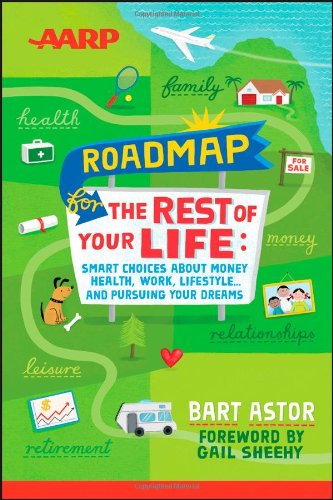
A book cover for AARP Roadmap for the Rest of Your Life: Smart Choices About Money, Health, Work, Lifestyle ... and Pursuing Your Dreams; Bart Astor; Business & Money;